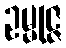
ဥမ္မုဇ္ဇ